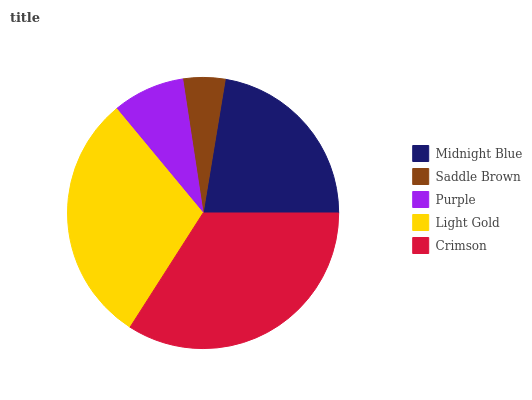
| Midnight Blue | Saddle Brown | Purple | Light Gold | Crimson |
 | --- | --- | --- | --- | --- |
 | 22.4% | 5.01% | 8.61% | 29.9% | 34% |